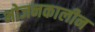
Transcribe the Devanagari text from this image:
भोजनकालीन